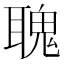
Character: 聭